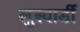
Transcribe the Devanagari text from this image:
लुस्वार्डी